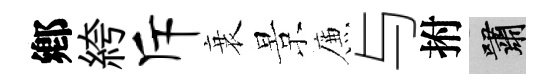
鄕絝斥衰景簾与拊嘯